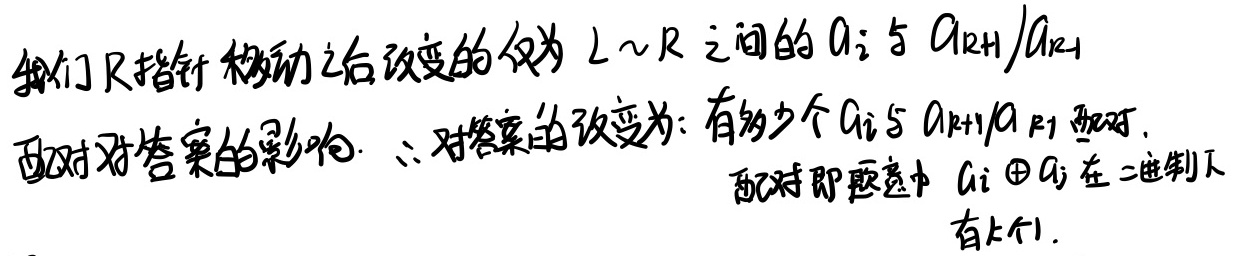
我们R指针移动之后改变的仅为\(L\sim R\)之间的\(a_{i}\)与\(a_{R + 1}/a_{R - 1}\)配对对答案的影响. \(\therefore\)对答案的改变为：有多少个\(a_{i} \leq a_{R + 1}/a_{ R - 1}\)配对. 配对即题意中\(a_{i} \oplus a_{j}\)在二进制下有\(k\)个\(1\).